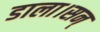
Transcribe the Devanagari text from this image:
डाला।सन्